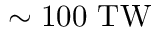
\sim 1 0 0 \ \mathrm { T W }